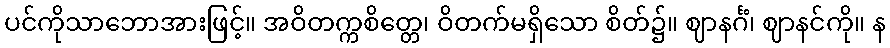
ပင်ကိုသာဘောအားဖြင့်။ အဝိတက္ကစိတ္တေ၊ ဝိတက်မရှိသော စိတ်၌။ ဈာနင်္ဂံ၊ ဈာနင်ကို။ န